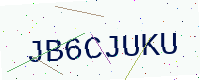
Text: JB6CJUKU